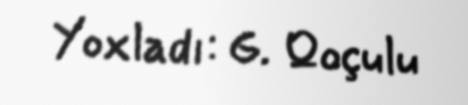
Yoxladı: G. Qoçulu